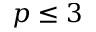
p \leq 3